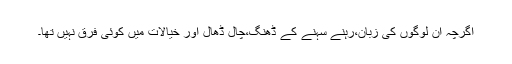
اگرچہ ان لوگوں کی زبان،رہنے سہنے کے ڈھنگ،چال ڈھال اور خیالات میں کوئی فرق نہیں تھا۔